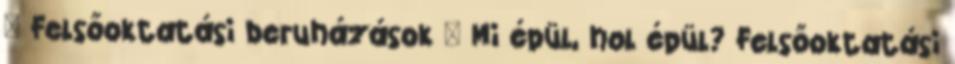
» Felsőoktatási beruházások » Mi épül, hol épül? Felsőoktatási